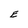
Character: E